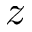
z